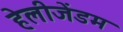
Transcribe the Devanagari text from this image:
हेलीजेंडम